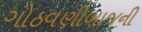
ગોઠવણીબાજની